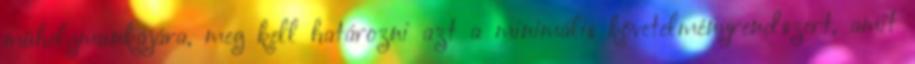
műhelymunkájára, meg kell határozni azt a minimális követelményrendszert, amit